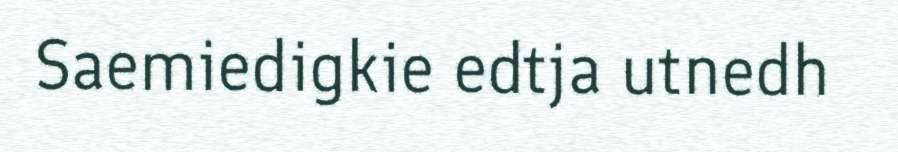
Saemiedigkie edtja utnedh